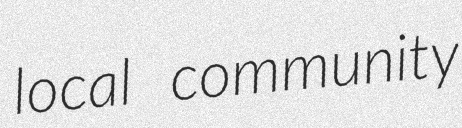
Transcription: local community